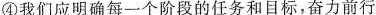
④我们应明确每一个阶段的任务和目标，奋力前行